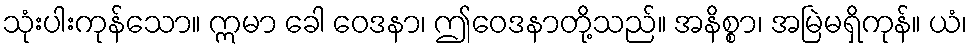
သုံးပါးကုန်သော။ ဣမာ ခေါ ဝေဒနာ၊ ဤဝေဒနာတို့သည်။ အနိစ္စာ၊ အမြဲမရှိကုန်။ ယံ၊